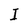
Character: I